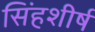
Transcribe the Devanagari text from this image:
सिंहशीर्ष